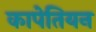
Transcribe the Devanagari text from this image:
कापेतियन